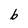
Character: b